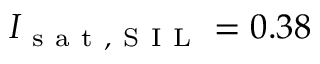
I _ { \mathrm { ~ s ~ a ~ t ~ , ~ S ~ I ~ L ~ } } = 0 . 3 8